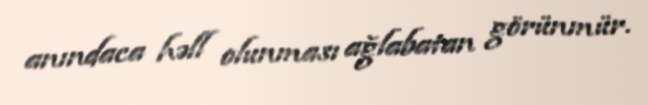
anındaca həll olunması ağlabatan görünmür.